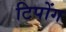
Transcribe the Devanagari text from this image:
टिपोंग